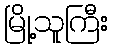
မြို့သူကြီး